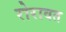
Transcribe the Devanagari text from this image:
रोरावत